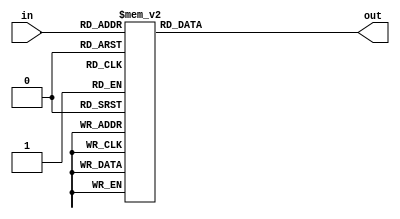
module decoder_3to8(
    input [2:0] in,
    output reg [7:0] out
);

always @(*)
begin
    case(in)
        3'b000: out = 8'b00000001; // Output signal 1
        3'b001: out = 8'b00000010; // Output signal 2
        3'b010: out = 8'b00000100; // Output signal 3
        3'b011: out = 8'b00001000; // Output signal 4
        3'b100: out = 8'b00010000; // Output signal 5
        3'b101: out = 8'b00100000; // Output signal 6
        3'b110: out = 8'b01000000; // Output signal 7
        3'b111: out = 8'b10000000; // Output signal 8
        default: out = 8'b00000000; // Default output signal
    endcase
end

endmodule